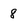
Character: 8